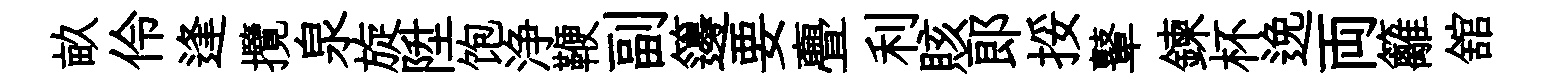
畝伶逢攬泉旋陞饱浄鞭副籩要亹利賅郎挼鼙鍊杯𨓜両籬舘